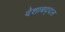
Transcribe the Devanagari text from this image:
देशाबद्दल